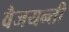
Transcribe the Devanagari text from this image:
वैजयन्‍ती